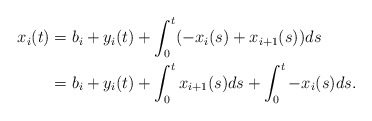
\begin{align*}x_i(t) &= b_i + y_i(t) + \int_0^t(-x_i(s)+x_{i+1}(s))ds \\ &= b_i + y_i(t) + \int_0^tx_{i+1}(s)ds + \int_0^t-x_i(s)ds.\end{align*}